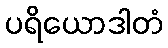
ပရိယောဒါတံ